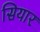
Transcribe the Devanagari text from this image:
सियार